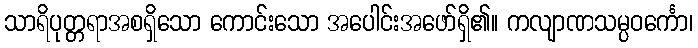
သာရိပုတ္တရာအစရှိသော ကောင်းသော အပေါင်းအဖော်ရှိ၏။ ကလျာဏသမ္ပဝင်္ကော၊